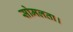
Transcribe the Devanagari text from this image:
सोमलता।